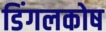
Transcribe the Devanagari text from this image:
डिंगलकोष